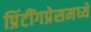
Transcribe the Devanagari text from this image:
प्रिंटींगप्रेसमध्ये